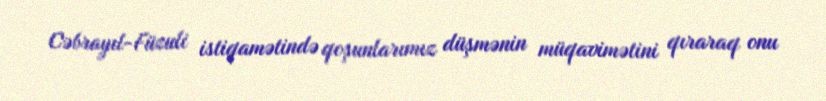
Cəbrayıl-Füzuli istiqamətində qoşunlarımız düşmənin müqavimətini qıraraq onu